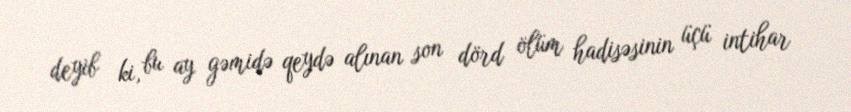
deyib ki, bu ay gəmidə qeydə alınan son dörd ölüm hadisəsinin üçü intihar